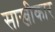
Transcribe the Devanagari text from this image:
साखीकार